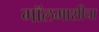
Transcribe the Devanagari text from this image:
गॉलमाशीचा